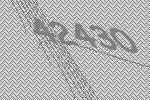
42430